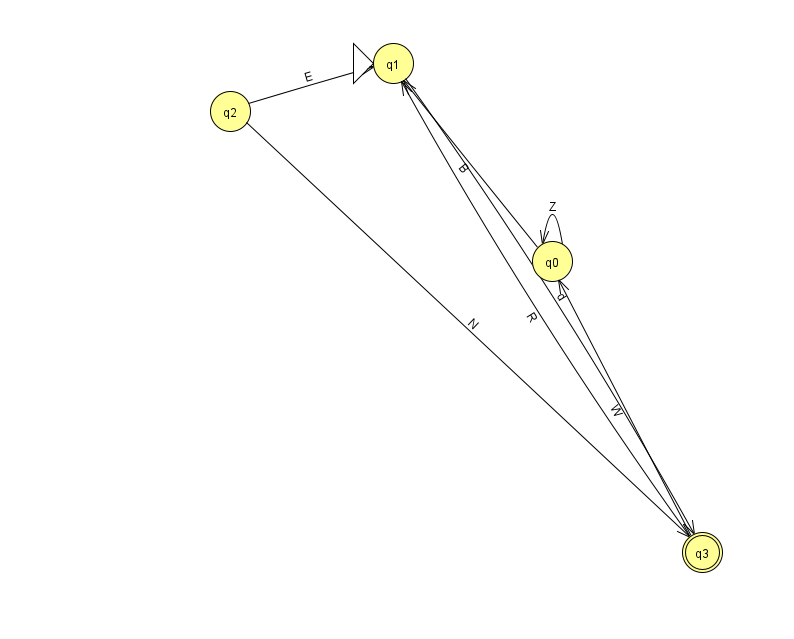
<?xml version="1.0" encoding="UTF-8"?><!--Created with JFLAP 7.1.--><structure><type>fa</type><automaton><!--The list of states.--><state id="0" name="q0"><x>552.0</x><y>248.0</y></state><state id="1" name="q1"><x>393.0</x><y>50.0</y><initial/></state><state id="2" name="q2"><x>230.0</x><y>98.0</y></state><state id="3" name="q3"><x>702.0</x><y>539.0</y><final/></state><!--The list of transitions.--><transition><from>3</from><to>1</to><read>R</read></transition><transition><from>3</from><to>0</to><read>W</read></transition><transition><from>0</from><to>1</to><read>B</read></transition><transition><from>1</from><to>3</to><read>d</read></transition><transition><from>2</from><to>1</to><read>E</read></transition><transition><from>0</from><to>0</to><read>Z</read></transition><transition><from>2</from><to>3</to><read>N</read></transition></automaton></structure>